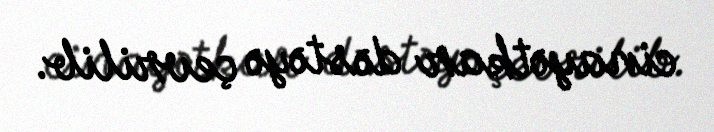
cinayətkar dəstəyə çevrilib.